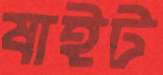
ষাইট